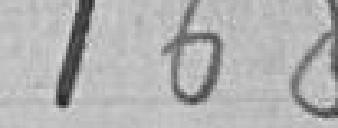
168